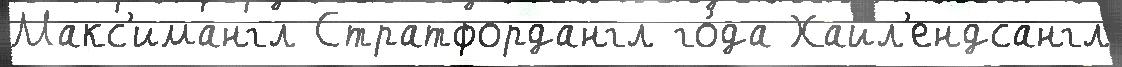
Макс'имангл Стратфордангл го́да Хайл'ендсангл